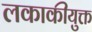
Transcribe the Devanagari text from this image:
लकाकीयुक्त